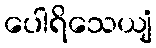
ပေါရိသေယျံ